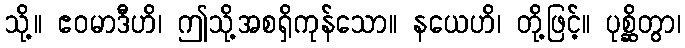
သို့။ ဧဝမာဒီဟိ၊ ဤသို့အစရှိကုန်သော။ နယေဟိ၊ တို့ဖြင့်။ ပုစ္ဆိတွာ၊